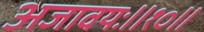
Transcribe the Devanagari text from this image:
अजावयः॥१०॥